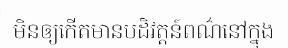
មិនឲ្យកើតមានបដិវត្តន៍ពណ៌នៅក្នុង